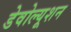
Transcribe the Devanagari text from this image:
डेवोल्यूशन